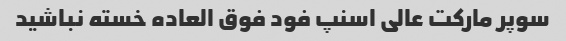
سوپر مارکت عالی اسنپ فود فوق العاده خسته نباشید